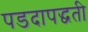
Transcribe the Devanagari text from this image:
पडदापद्धती